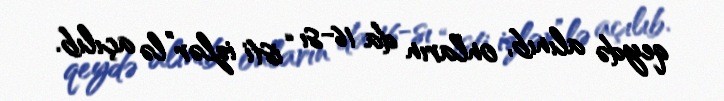
qeydə alınıb, onların da 16-sı “isti izlər”lə açılıb.